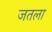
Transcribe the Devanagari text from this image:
जतला